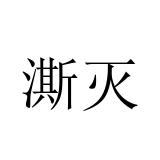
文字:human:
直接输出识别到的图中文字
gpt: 澌灭